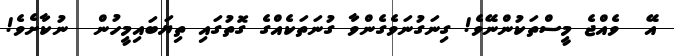
އޭ  ވެއްޖެ މީސްތަކުންނޭވެ! ގިނަގުނަވެގެންވާ ގުނަތަކެއްގެ ގޮތުގައި ތިޔަބައިމީހުން  ނުކާށެވެ!